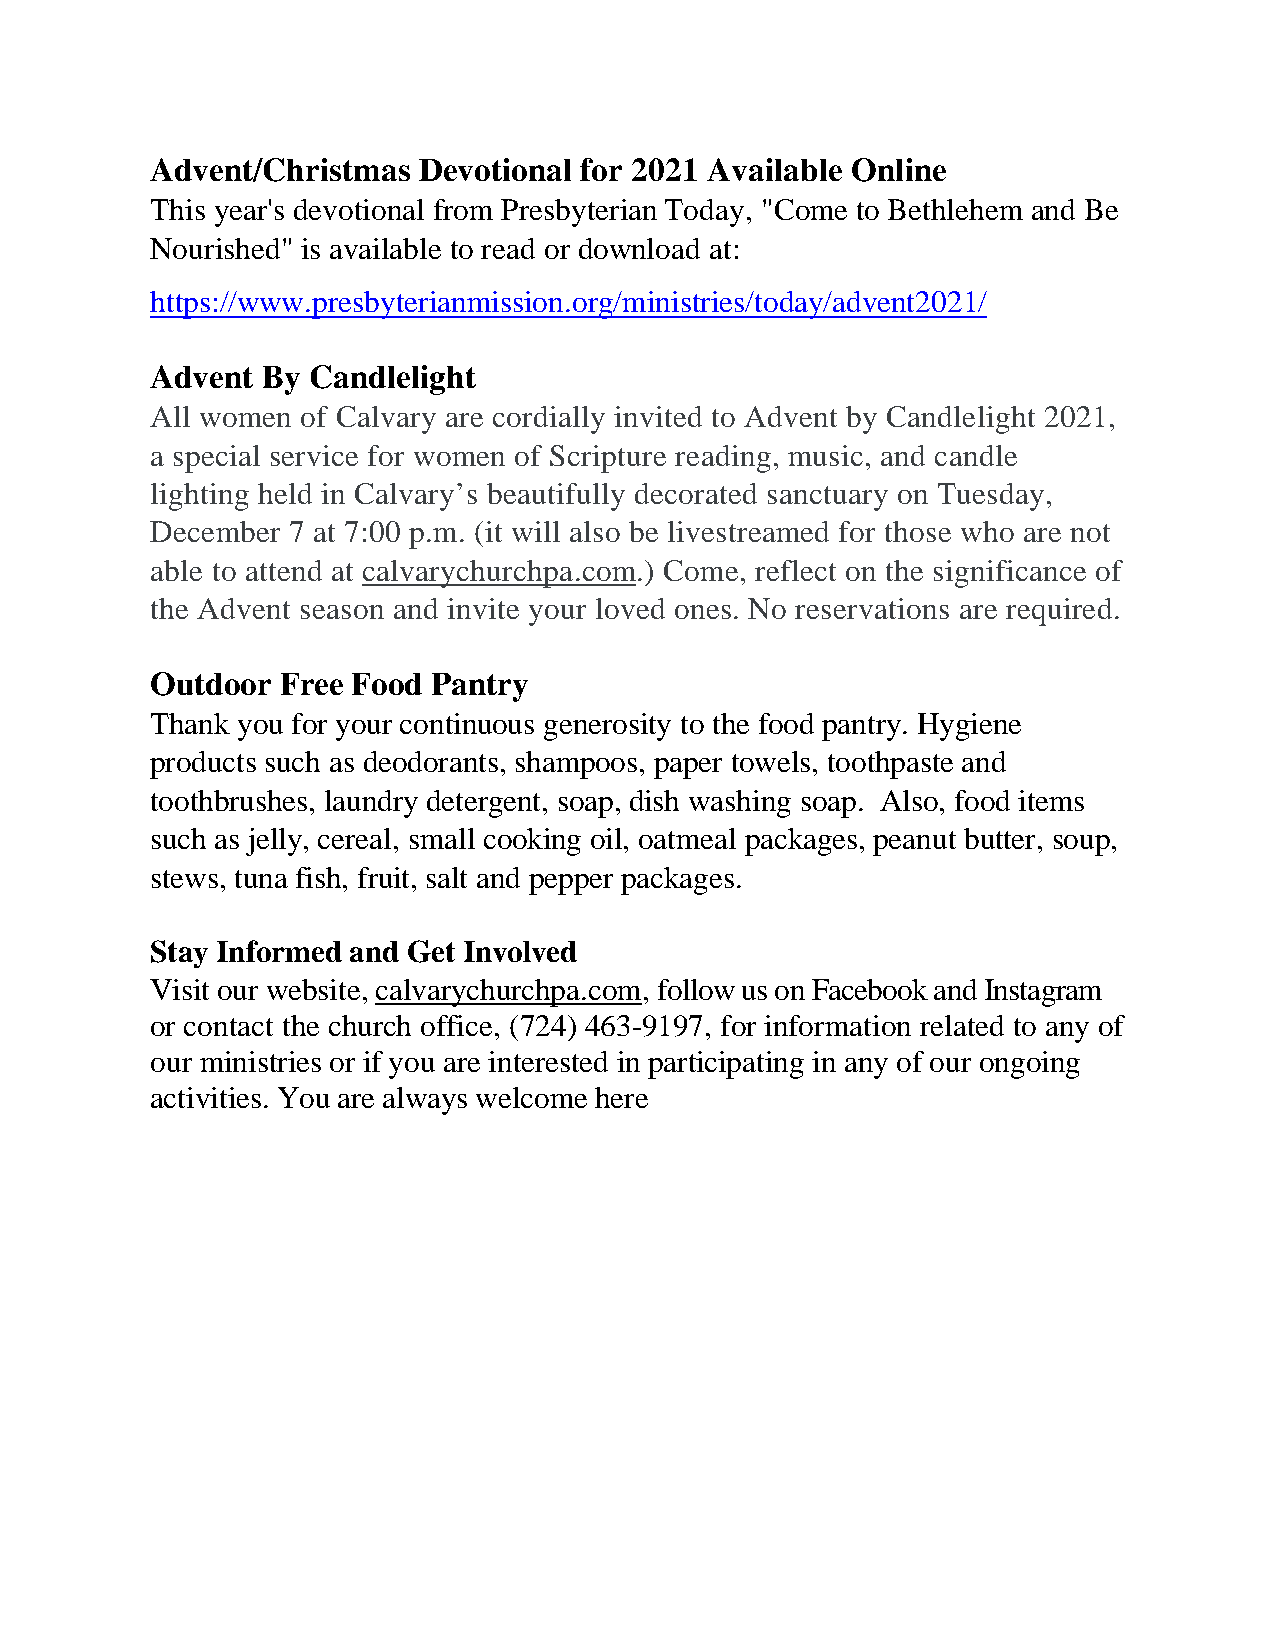
Advent/Christmas  Devotional for 2021 Available Online
 This year's devotional from Presbyterian Today, "Come to Bethlehem and Be
 Nourished" is available to read or download at:
 https://www.presbyterianmission.org/ministries/today/advent2021/
 Advent By Candlelight
 All women of Calvary are cordially invited to Advent by Candlelight 2021,
 a special service for women of Scripture reading, music, and candle
 lighting held in Calvary’s beautifully decorated sanctuary on Tuesday,
 December 7 at 7:00 p.m. (it will also be livestreamed for those who are not
 able to attend at calvarychurchpa.com.) Come, reflect on the significance of
 the Advent season and invite your loved ones. No reservations are required.
 Outdoor  Free Food Pantry
 Thank you for your continuous generosity to the food pantry. Hygiene
 products such as deodorants, shampoos, paper towels, toothpaste and
 toothbrushes, laundry detergent, soap, dish washing soap. Also, food items
 such as jelly, cereal, small cooking oil, oatmeal packages, peanut butter, soup,
 stews, tuna fish, fruit, salt and pepper packages.
 Stay Informed and Get Involved
 Visit our website, calvarychurchpa.com, follow us on Facebook and Instagram
 or contact the church office, (724) 463-9197, for information related to any of
 our ministries or if you are interested in participating in any of our ongoing
 activities. You are always welcome here